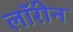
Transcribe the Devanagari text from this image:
लॉरीन